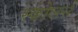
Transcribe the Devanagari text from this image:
स्कोलर्स